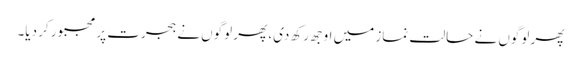
پھر لوگوں نے حالتِ نماز میں اوجھ رکھ دی، پھر لوگوں نے ہجرت پر مجبور کر دیا۔